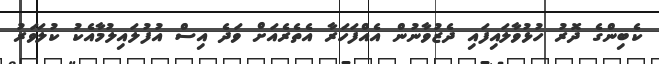
ކެބިންގެ ދޮރު ހުޅުވާލައިފައި ދެޒުވާނުން އެއްފަހަރާ އެތެރެއަށް ވަދެ އިސް އުފުލައިލުމާއެކު ކުލަވަރު